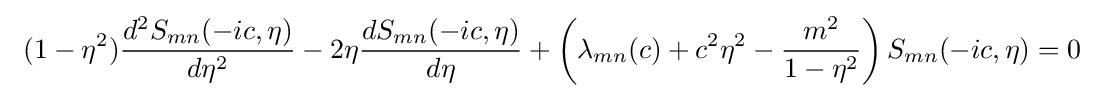
\ (1-\eta ^{2}){\frac {d^{2}S_{mn}(-ic,\eta )}{d\eta ^{2}}}-2\eta {\frac {dS_{mn}(-ic,\eta )}{d\eta }}+\left(\lambda _{mn}(c)+c^{2}\eta ^{2}-{\frac {m^{2}}{1-\eta ^{2}}}\right){S_{mn}(-ic,\eta )}=0